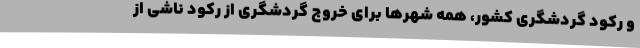
و رکود گردشگری کشور، همه شهرها برای خروج گردشگری از رکود ناشی از